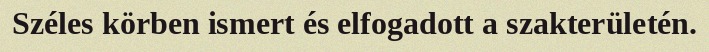
Széles körben ismert és elfogadott a szakterületén.